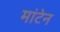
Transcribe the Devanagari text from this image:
मांटेन